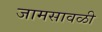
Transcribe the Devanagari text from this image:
जामसावळी